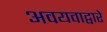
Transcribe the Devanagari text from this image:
अवयवाद्वारे